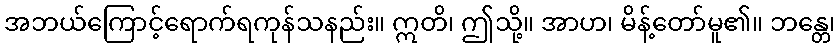
အဘယ်ကြောင့်ရောက်ရကုန်သနည်း။ ဣတိ၊ ဤသို့။ အာဟ၊ မိန့်တော်မူ၏။ ဘန္တေ၊